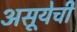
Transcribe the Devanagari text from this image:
असूयेची